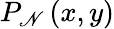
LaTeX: P_{\mathscr{N}}\left(x,y\right)